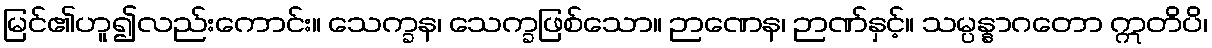
မြင်၏ဟူ၍လည်းကောင်း။ သေက္ခန၊ သေက္ခဖြစ်သော။ ဉာဏေန၊ ဉာဏ်နှင့်။ သမ္ပန္နာဂတော ဣတိပိ၊